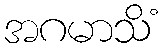
အဂမာသိံ